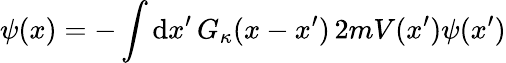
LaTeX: \psi(x)=-\int\mathrm{d}x^{\prime}\, G_{\kappa}(x-x^{\prime})\, 2mV(x^{\prime})\psi(x^{\prime})